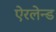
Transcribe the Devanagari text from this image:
ऐरलेन्ड